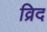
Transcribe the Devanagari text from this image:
व्रिद